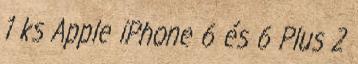
1 ks Apple iPhone 6 és 6 Plus 2